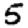
Digit: 5